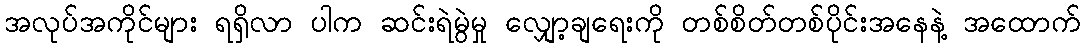
အလုပ်အကိုင်များ ရရှိလာ ပါက ဆင်းရဲမွဲမှု လျှော့ချရေးကို တစ်စိတ်တစ်ပိုင်းအနေနဲ့ အထောက်